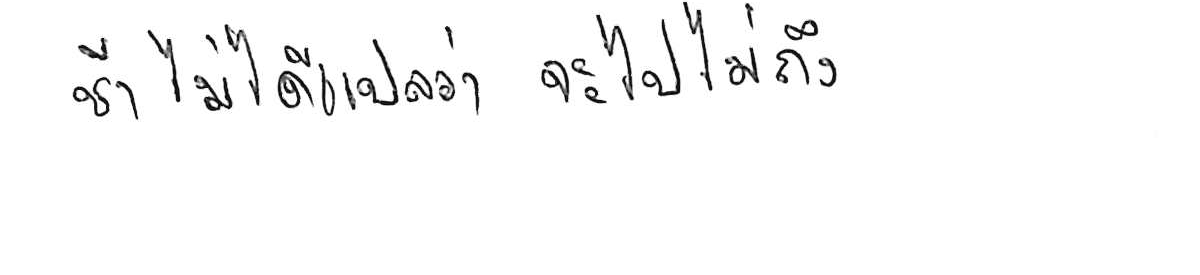
ช้า ไม่ได้แปลว่า จะไปไม่ถึง